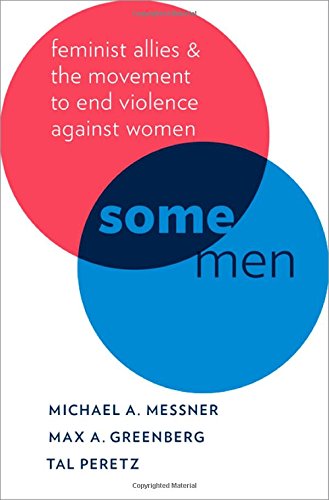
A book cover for Some Men: Feminist Allies and the Movement to End Violence against Women (Oxford Studies in Culture and Politics); Michael A. Messner; Gay & Lesbian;